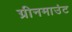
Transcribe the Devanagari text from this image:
ग्रीनमाउंट